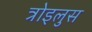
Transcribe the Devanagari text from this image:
त्रोइलुस